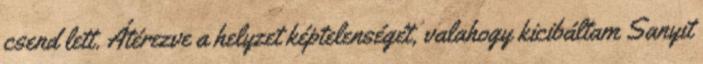
csend lett. Átérezve a hely­zet képtelenségét, valahogy kicibáltam Sanyit